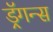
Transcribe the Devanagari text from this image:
ड्रॅगन्स